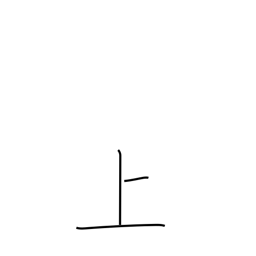
Meaning: up